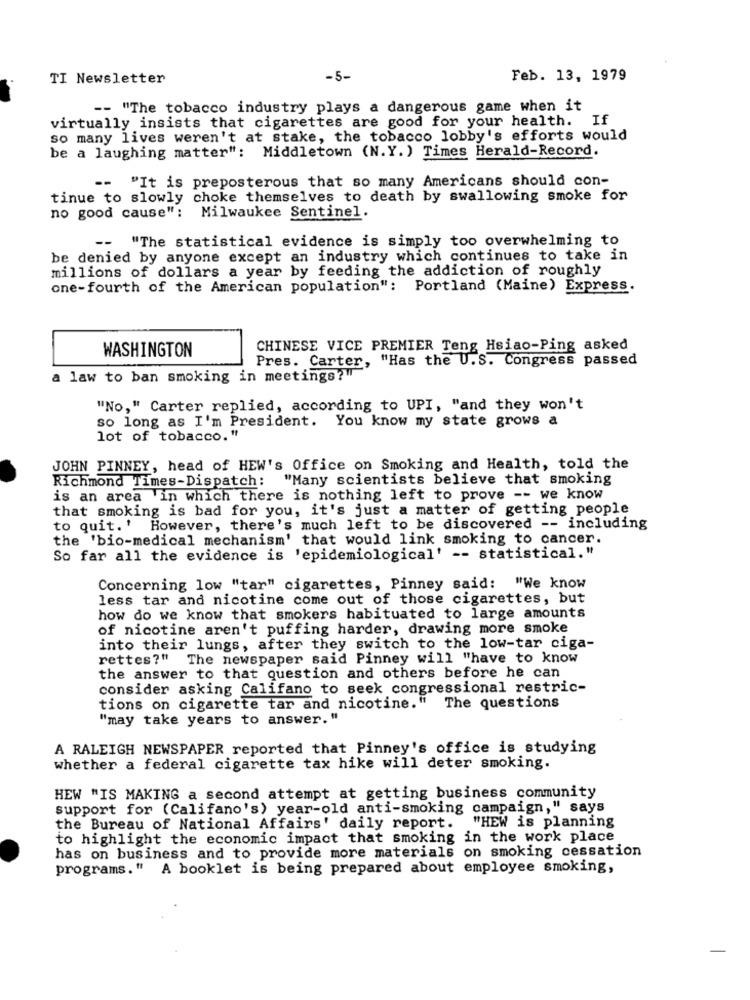
TI Newsletter
-5-
Feb. 13, 1979
-- "The tobacco industry plays a dangerous game when it
virtually insists that cigarettes are good for your health. If
so many lives weren't at stake, the tobacco lobby's efforts would
be a laughing matter": Middletown (N.Y. ) Times Herald-Record.
--
"It is preposterous that so many Americans should con-
tinue to slowly choke themselves to death by swallowing smoke for
no good cause": Milwaukee Sentinel.
--
"The statistical evidence is simply too overwhelming to
be denied by anyone except an industry which continues to take in
millions of dollars a year by feeding the addiction of roughly
one-fourth of the American population": Portland (Maine) Express.
WASHINGTON
CHINESE VICE PREMIER Teng Hsiao-Ping asked
Pres. Carter, "Has the U.S. Congress passed
a law to ban smoking in meetings?"
"No," Carter replied, according to UPI, "and they won't
so long as I'm President. You know my state grows a
lot of tobacco."
JOHN PINNEY, head of HEW's Office on Smoking and Health, told the
Richmond Times-Dispatch:
"Many scientists believe that smoking
is an area in which there is nothing left to prove -- we know
that smoking is bad for you, it's just a matter of getting people
to quit.' However, there's much left to be discovered -- including
the 'bio-medical mechanism' that would link smoking to cancer.
So far all the evidence is 'epidemiological' -- statistical."
Concerning low "tar" cigarettes, Pinney said: "We know
less tar and nicotine come out of those cigarettes, but
how do we know that smokers habituated to large amounts
of nicotine aren't puffing harder, drawing more smoke
into their lungs, after they switch to the low-tar ciga-
rettes?" The newspaper said Pinney will "have to know
the answer to that question and others before he can
consider asking Califano to seek congressional restric-
tions on cigarette tar and nicotine."
The questions
"may take years to answer. "
A RALEIGH NEWSPAPER reported that Pinney's office is studying
whether a federal cigarette tax hike will deter smoking.
HEW "IS MAKING a second attempt at getting business community
support for (Califano's) year-old anti-smoking campaign," says
the Bureau of National Affairs' daily report.
"HEW is planning
to highlight the economic impact that smoking in the work place
has on business and to provide more materials on smoking cessation
programs." A booklet is being prepared about employee smoking,